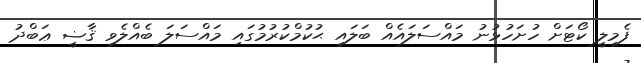
ފެމިލީ ކޯޓަށް ހުށަހުޅުނު މައްސަލައެއް ބަލައި ޙުކުމްކުރުމުގައި މައްސަލަ ބެއްލެވި ޤާޟީ ޢަބްދު